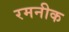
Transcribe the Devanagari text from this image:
रमनीक